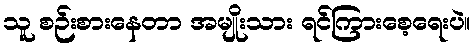
သူ စဉ်းစားနေတာ အမျိုးသား ရင်ကြားစေ့ရေးပဲ။